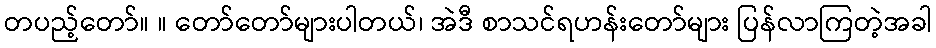
တပည့်တော်။ ။ တော်တော်များပါတယ်၊ အဲဒီ စာသင်ရဟန်းတော်များ ပြန်လာကြတဲ့အခါ